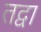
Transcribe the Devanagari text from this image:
तद्वा